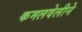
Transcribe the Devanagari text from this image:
कमलवेलीने